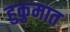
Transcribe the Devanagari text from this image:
हुकुमात